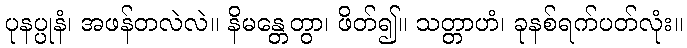
ပုနပ္ပုနံ၊ အဖန်တလဲလဲ။ နိမန္တေတွာ၊ ဖိတ်၍။ သတ္တာဟံ၊ ခုနစ်ရက်ပတ်လုံး။